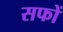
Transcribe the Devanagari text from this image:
सफों